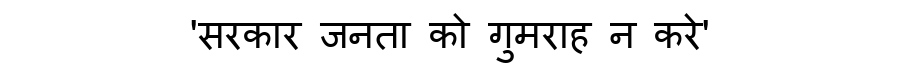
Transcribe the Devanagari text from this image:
'सरकार जनता को गुमराह न करे'